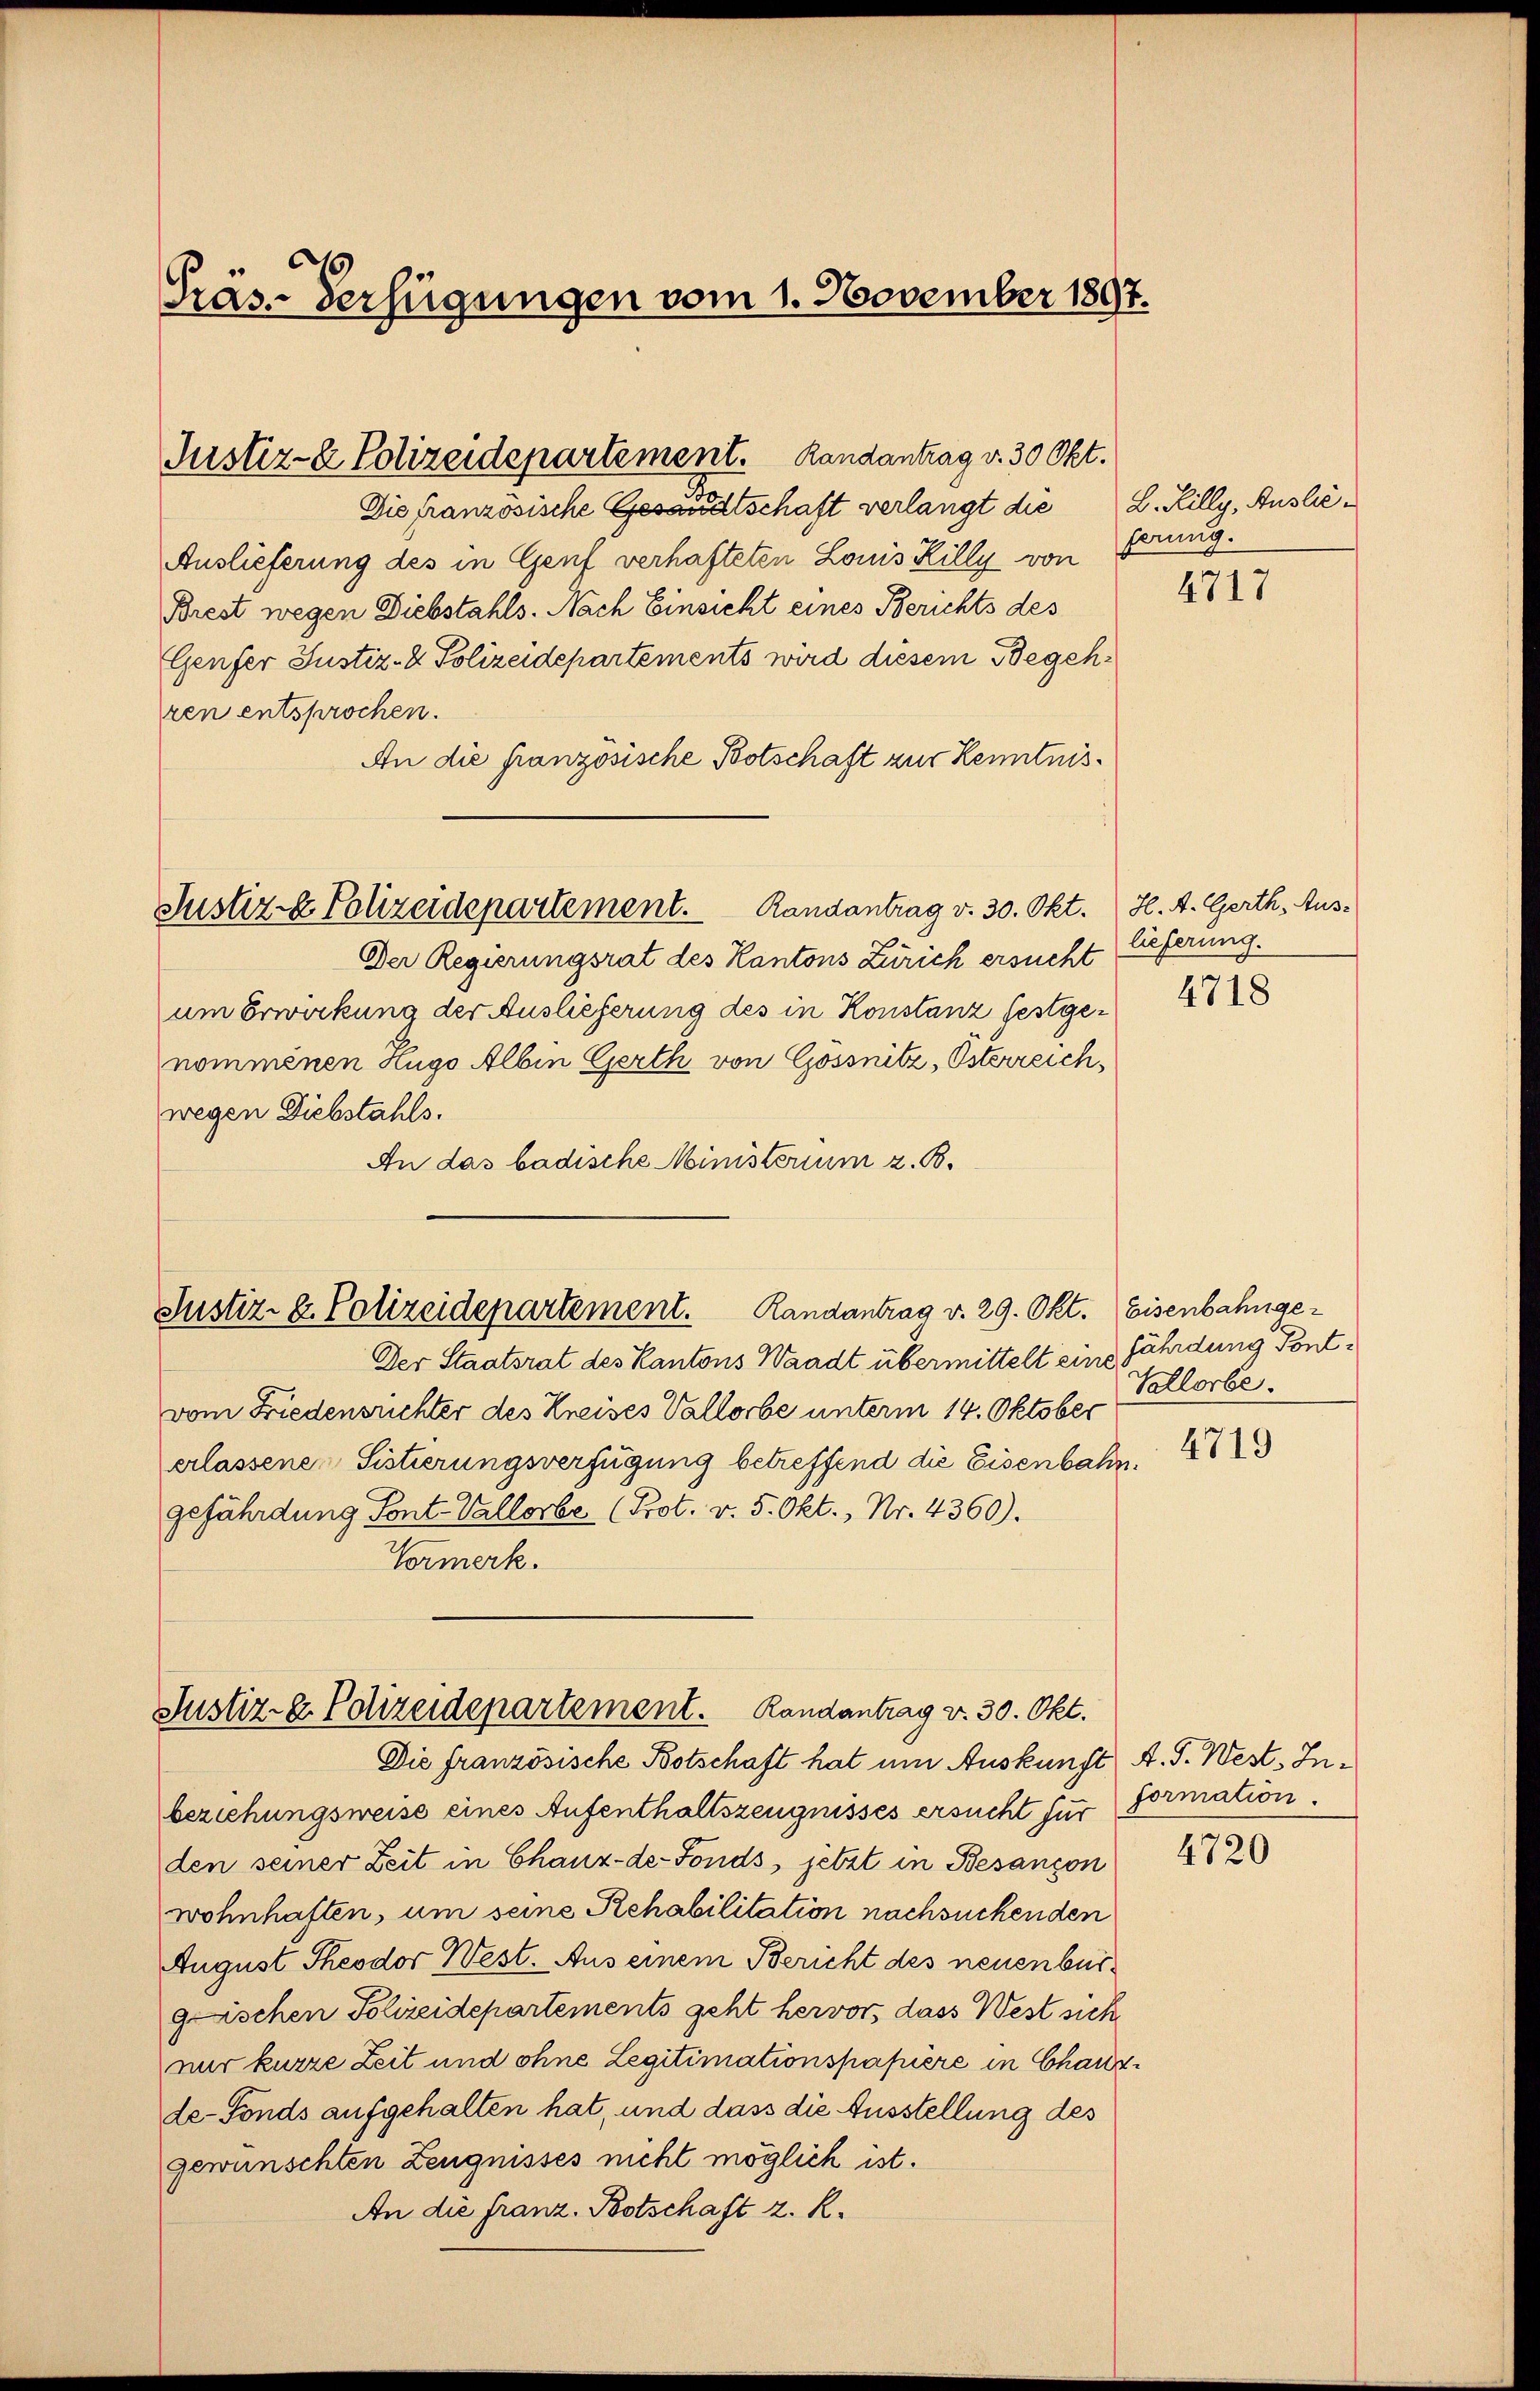
Präs-Verfügungen vom 1. November 1897.

Justiz- & Polizeidepartement. Landantrag d. 30 Okt.

Die französische Gesandtschaft verlangt die
Auslieferung des in Genf verhafteten Louis Killy von
Brest wegen Diebstahls. Nach Einsicht eines Berichts des
Genfer Justiz- & Polizeidepartements wird diesem Begehren entsprochen.
An die französische Botschaft zur Kenntnis¬
Justiz & Polizeidepartement. Randantrag v. 30. Okt.
Der Regierungsrat des Kantons Zürich ersucht
um Erwirkung der Auslieferung des in Konstanz festgenommenen Hugo Albin Gerth von Gossnitz, Österreichwegen Diebstahls.
An das badische Ministerium z. B.

Der Staatsrat des Kantons Waadt übermittelt eine
vom Friedensrichter des Kreises Vallorbe unterm 14. Oktober
erlassene Sistierungsverfügung betreffend die Eisenbahn.
gefährdung Pont. Vallorbe (Prot. v. 5. Okt., Nr. 4360).
Vormerk.

Justiz- & Polizeidepartement. Randantrag v. 29. Okt.

Justiz- & Polizeidepartement. Randantrag v. 30. Okt.
Die französische Botschaft hat um Auskunft A. S. West. In¬

B. Rilly, Auslieferung.

beziehungsweiss eines Aufenthaltszeugnisses ersucht für formation.
den seiner Zeit in Chanz-de-Fonds, jetzt in Besançon
wohnhaften, um seine Rehabilitation nachsuchenden
August Theodor West. Aus einem Bericht des neuenburgrischen Polizeidepartements geht hervor, dass West sich
nur kurze Zeit und ohne Legitimationspapiere in Chausde-Fonds aufgehalten hat, und dass die Ausstellung des
gewünschten Zeugnisses nicht möglich ist.
An die Franz. Botschaft z. R.

4717

H. A. Gerth, Auslieferung.
4718

Eisenbahngefährdung Pont¬
Schlorbe

4719

4720